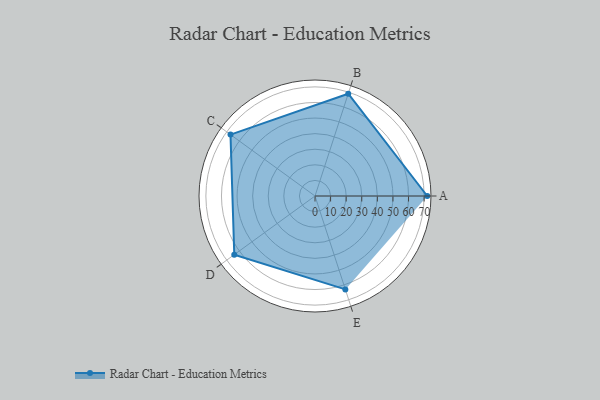
{"axis": {"x": "Skill", "y": "Score"}, "legend": ["Profile"], "data": [{"x": "A", "y": 72.0, "type": "Profile"}, {"x": "B", "y": 69.0, "type": "Profile"}, {"x": "C", "y": 67.0, "type": "Profile"}, {"x": "D", "y": 64.0, "type": "Profile"}, {"x": "E", "y": 63.0, "type": "Profile"}]}